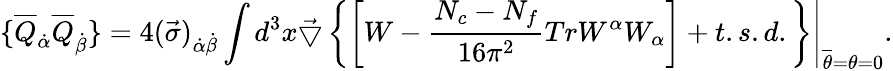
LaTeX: \left.\{ \overline{{{Q}}}_{\dot{\alpha}}\overline{{{Q}}}_{\dot{\beta}}\} =4(\vec{\sigma})_{\dot{\alpha}\dot{\beta}}\int d^{3}x\vec{\bigtriangledown}\left\{ \left[W-\frac{N_{c}-N_{f}}{16\pi^{2}}TrW^{\alpha}W_{\alpha}\right]+t.s.d.\right\} \right|_{\overline{{{\theta}}}=\theta=0}.